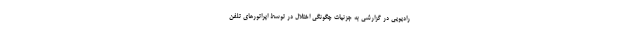
رادیویی در گزارشی به جزئیات چگونگی اختلال در توسط اپراتورهای تلفن